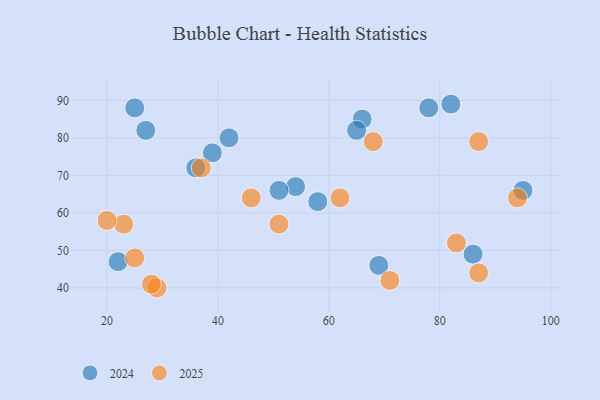
{"axis": {"x": "GDP", "y": "Life Expectancy"}, "legend": ["2024", "2025"], "data": [{"x": "71", "y": 42, "type": "2025"}, {"x": "46", "y": 64, "type": "2025"}, {"x": "68", "y": 79, "type": "2025"}, {"x": "94", "y": 64, "type": "2025"}, {"x": "23", "y": 57, "type": "2025"}, {"x": "37", "y": 72, "type": "2025"}, {"x": "25", "y": 48, "type": "2025"}, {"x": "29", "y": 40, "type": "2025"}, {"x": "28", "y": 41, "type": "2025"}, {"x": "20", "y": 58, "type": "2025"}, {"x": "87", "y": 44, "type": "2025"}, {"x": "83", "y": 52, "type": "2025"}, {"x": "51", "y": 57, "type": "2025"}, {"x": "87", "y": 79, "type": "2025"}, {"x": "62", "y": 64, "type": "2025"}, {"x": "36", "y": 72, "type": "2024"}, {"x": "86", "y": 49, "type": "2024"}, {"x": "66", "y": 85, "type": "2024"}, {"x": "65", "y": 82, "type": "2024"}, {"x": "54", "y": 67, "type": "2024"}, {"x": "22", "y": 47, "type": "2024"}, {"x": "95", "y": 66, "type": "2024"}, {"x": "51", "y": 66, "type": "2024"}, {"x": "82", "y": 89, "type": "2024"}, {"x": "78", "y": 88, "type": "2024"}, {"x": "58", "y": 63, "type": "2024"}, {"x": "69", "y": 46, "type": "2024"}, {"x": "27", "y": 82, "type": "2024"}, {"x": "25", "y": 88, "type": "2024"}, {"x": "42", "y": 80, "type": "2024"}, {"x": "39", "y": 76, "type": "2024"}]}